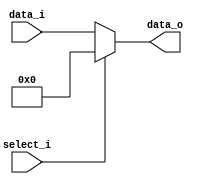
module MUX8(
    data_i,
    select_i,
    data_o
);


input	[7:0]	data_i;
input	select_i;
output	[7:0]	data_o;

assign data_o = (select_i == 1'b1)? 8'b0 : data_i;

endmodule